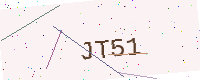
Text: JT51